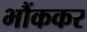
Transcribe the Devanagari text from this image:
भौंककर